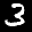
Label: 3